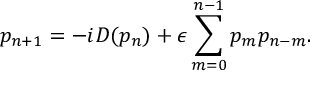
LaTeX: p _ { n + 1 } = - i D ( p _ { n } ) + \epsilon \sum _ { m = 0 } ^ { n - 1 } p _ { m } p _ { n - m } .